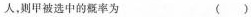
人，则甲被选中的概率为 ()